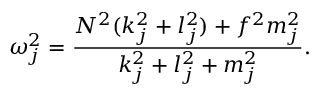
\omega _ { j } ^ { 2 } = \frac { N ^ { 2 } ( k _ { j } ^ { 2 } + l _ { j } ^ { 2 } ) + f ^ { 2 } m _ { j } ^ { 2 } } { k _ { j } ^ { 2 } + l _ { j } ^ { 2 } + m _ { j } ^ { 2 } } .